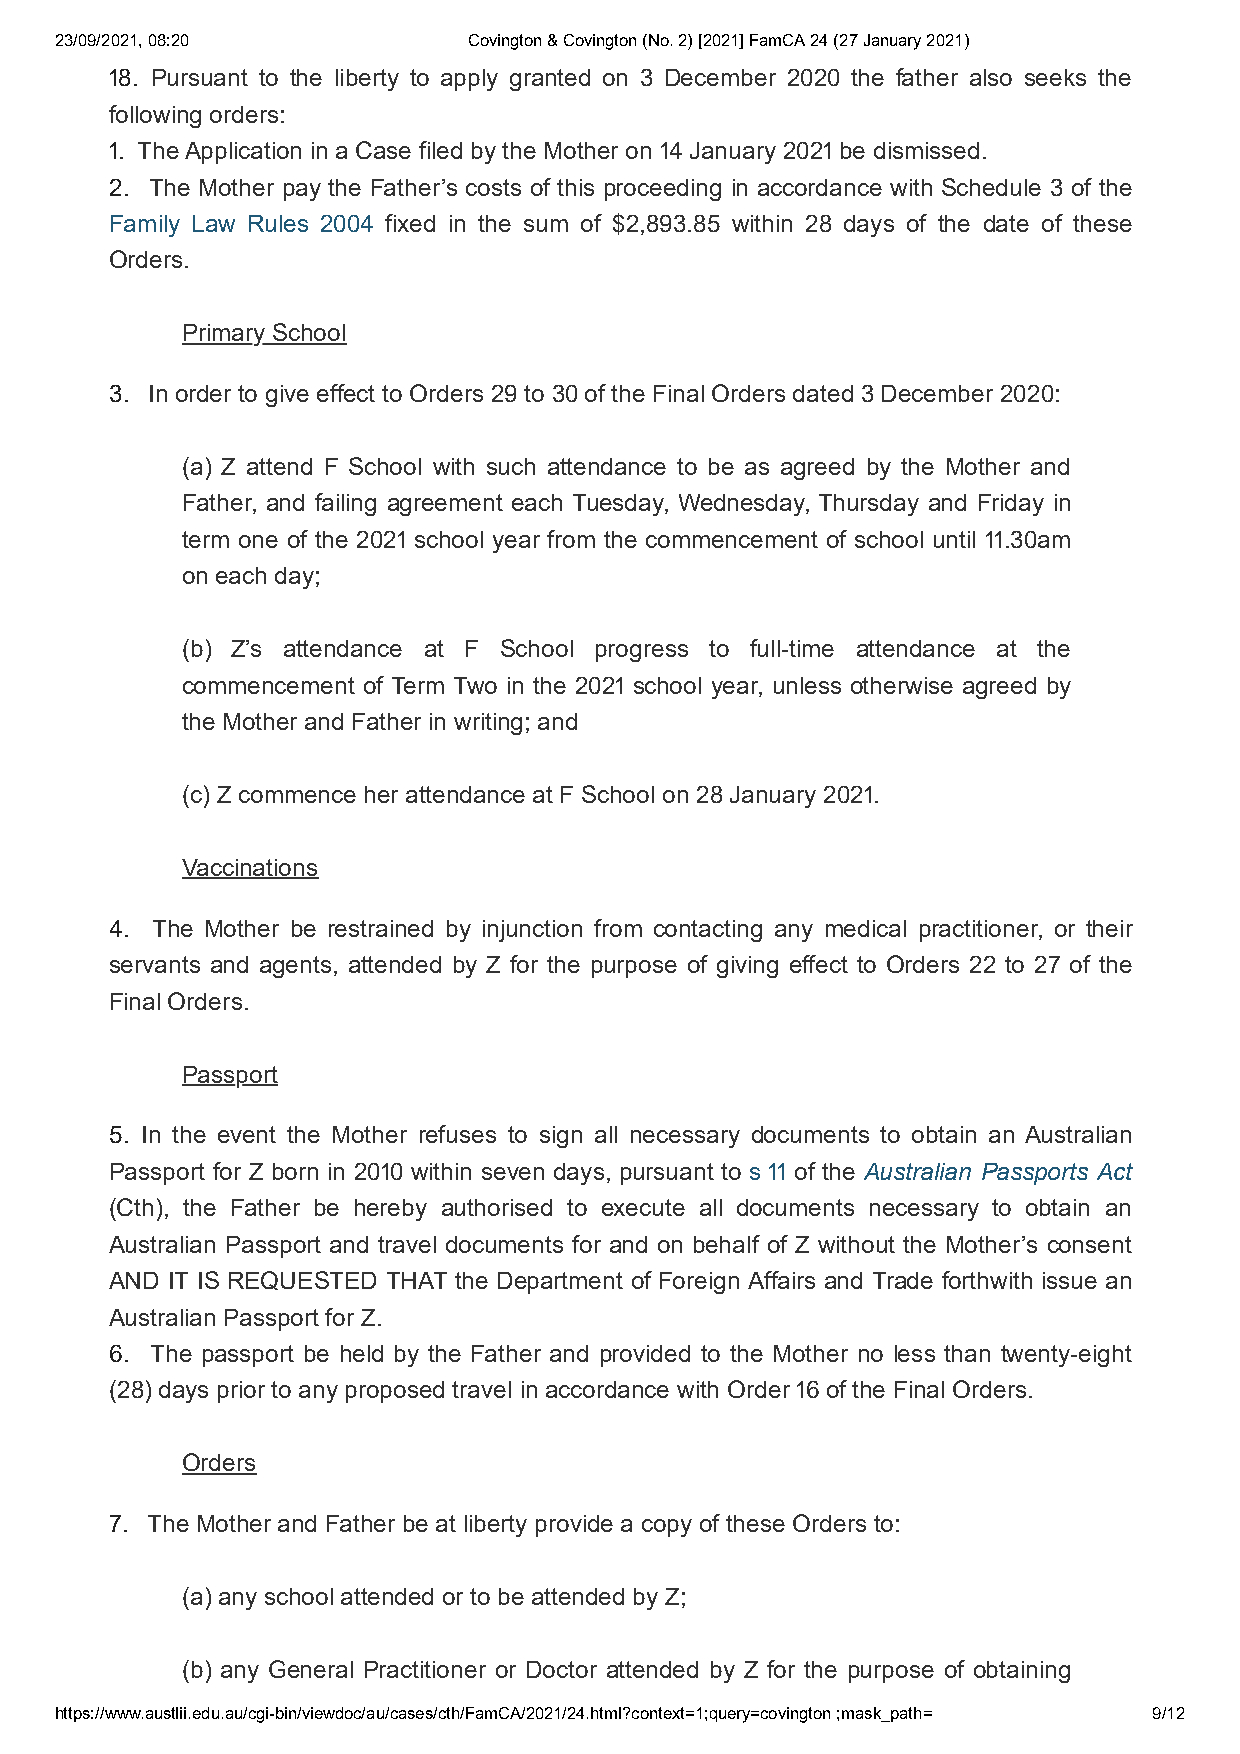
23/09/2021, 08:20          Covington & Covington (No. 2) [2021] FamCA 24 (27 January 2021)
 . Pursuant to the liberty to apply granted on  December  the father also seeks the
 following orders:
 . The Application in a Case filed by the Mother on  January  be dismissed.
 . The Mother pay the Father’s costs of this proceeding in accordance with Schedule  of the
 Family Law Rules  fixed in the sum of $,. within  days of the date of these
 Orders.
 Primary School
 . In order to give effect to Orders  to  of the Final Orders dated  December :
 (a) Z attend F School with such attendance to be as agreed by the Mother and
 Father, and failing agreement each Tuesday, Wednesday, Thursday and Friday in
 term one of the  school year from the commencement of school until .am
 on each day;
 (b) Z’s attendance at F School progress to full-time attendance at the
 commencement of Term Two in the  school year, unless otherwise agreed by
 the Mother and Father in writing; and
 (c) Z commence her attendance at F School on  January .
 Vaccinations
 . The Mother be restrained by injunction from contacting any medical practitioner, or their
 servants and agents, attended by Z for the purpose of giving effect to Orders  to  of the
 Final Orders.
 Passport
 . In the event the Mother refuses to sign all necessary documents to obtain an Australian
 Passport for Z born in  within seven days, pursuant to s  of the Australian Passports Act
 (Cth), the Father be hereby authorised to execute all documents necessary to obtain an
 Australian Passport and travel documents for and on behalf of Z without the Mother’s consent
 AND IT IS REQUESTED THAT the Department of Foreign Affairs and Trade forthwith issue an
 Australian Passport for Z.
 . The passport be held by the Father and provided to the Mother no less than twenty-eight
 () days prior to any proposed travel in accordance with Order  of the Final Orders.
 Orders
 . The Mother and Father be at liberty provide a copy of these Orders to:
 (a) any school attended or to be attended by Z;
 (b) any General Practitioner or Doctor attended by Z for the purpose of obtaining
 https://www.austlii.edu.au/cgi-bin/viewdoc/au/cases/cth/FamCA/2021/24.html?context=1;query=covington ;mask_path= 9/12